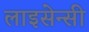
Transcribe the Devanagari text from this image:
लाइसेन्सी